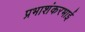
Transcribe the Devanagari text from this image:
प्रभाशंकरभाई